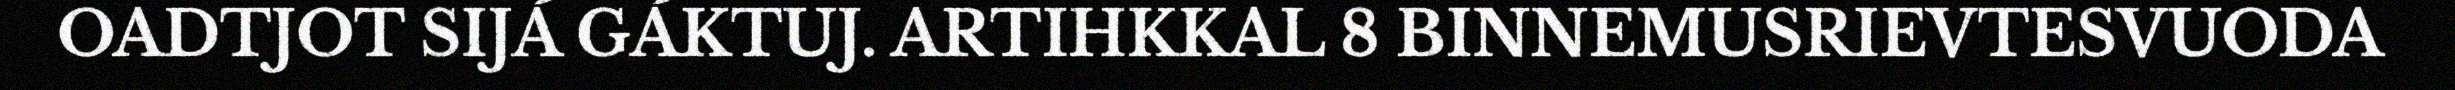
OADTJOT SIJÁ GÁKTUJ. ARTIHKKAL 8 BINNEMUSRIEVTESVUODA